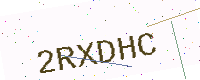
Text: 2RXDHC